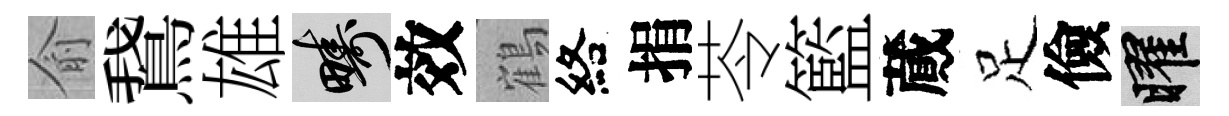
俞鵞雄疇效鶴絡捐苓籃蕆足儉曜